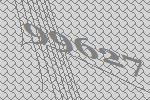
99627